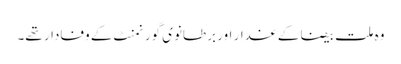
وہ ملت بیضا کے غدار اور برطانوی گورنمنٹ کے وفادار تھے۔